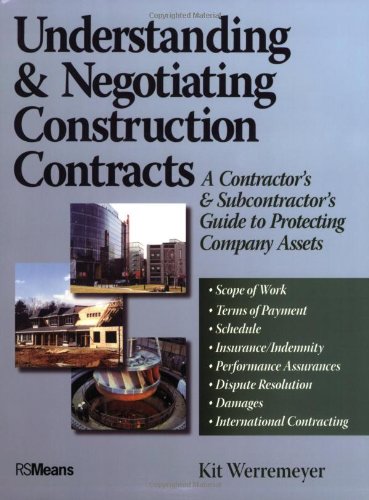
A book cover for Understanding and Negotiating Construction Contracts: A Contractor's and Subcontractor's Guide to Protecting Company Assets; Kit Werremeyer; Business & Money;